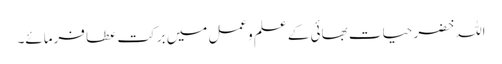
اللہ خضر حیات بھائی کے علم وعمل میں برکت عطا فرمائے۔